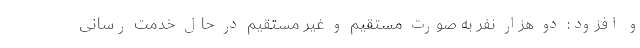
و افزود: دو هزار نفر به صورت مستقیم و غیر مستقیم در حال خدمت رسانی